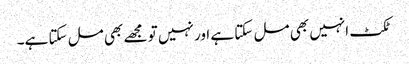
ٹکٹ انہیں بھی مل سکتا ہے اور نہیں تو مجھے بھی مل سکتا ہے۔